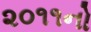
૨૦૧૧નો